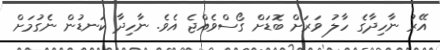
އޭރު ނާހިދާގެ ހާލު ވަރަށް ބޮޑަށް ގޯސްވެއްޖެ އެވެ. ނާހިދާ ކަނޑުން ނެގުމަށް